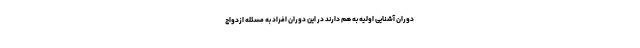
دوران آشنایی اولیه به هم دارند در این دوران افراد به مسئله ازدواج